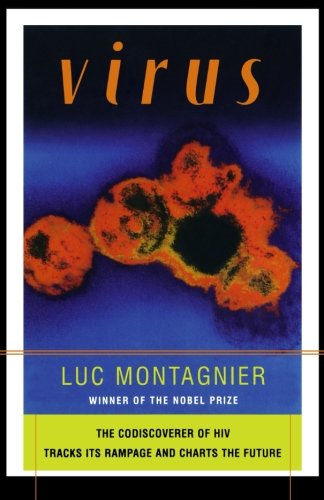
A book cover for Virus: The Co-discoverer of HIV Tracks Its Rampage and Charts the Future; Luc Montagnier; Health, Fitness & Dieting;